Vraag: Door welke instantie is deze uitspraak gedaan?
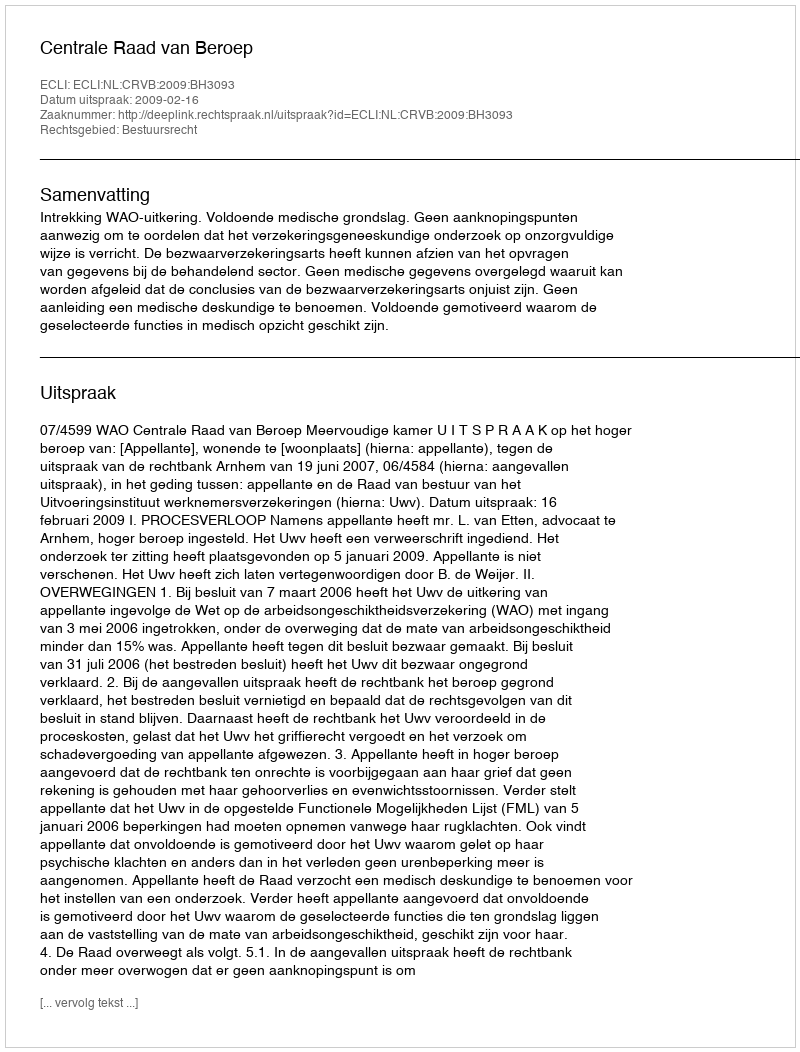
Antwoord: Centrale Raad van Beroep